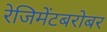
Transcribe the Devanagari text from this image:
रेजिमेंटबरोबर